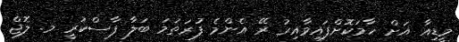
މީޑިއާ އަށް ހާމަކޮށްފައިވާއިރު ރޭ އެންމެ ފުރަތަމަ ބަލާ ފާސްކުރީ މ. ލޮޖް